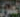
العربي